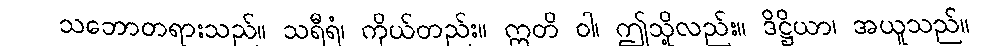
သဘောတရားသည်။ သရီရံ၊ ကိုယ်တည်း။ ဣတိ ဝါ၊ ဤသို့လည်း။ ဒိဋ္ဌိယာ၊ အယူသည်။